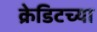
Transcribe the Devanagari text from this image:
क्रेडिटच्या